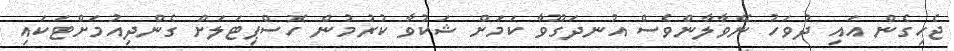
ޖެހިގެން އައި ދުވަހު ނޭވާލާންވެސް އުނދަގޫވާ ކަމަށް ޝަކުވާ ކުރުމުން ހޮސްޕިޓަލަށް ގެންދިއުމަށްޓަކައި